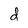
Character: d